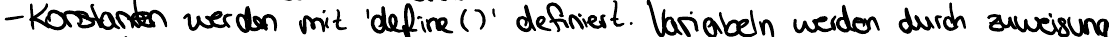
- Konstanten werden mit 'define()' definiert. Variabeln werden durch zuweisung